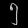
Digit: ၅